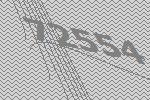
72554